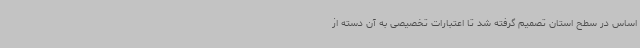
اساس در سطح استان تصمیم گرفته شد تا اعتبارات تخصیصی به آن دسته از